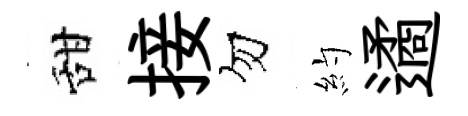
甜接勿約遹